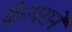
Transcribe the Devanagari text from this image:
क्रॅन्मराने